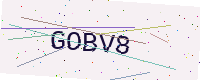
Text: GOBV8